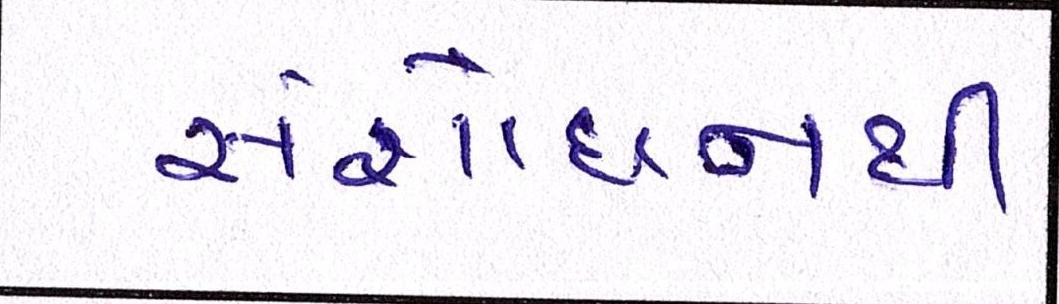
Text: સંશોધનથી